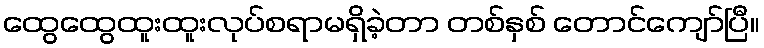
ထွေထွေထူးထူးလုပ်စရာမရှိခဲ့တာ တစ်နှစ် တောင်ကျော်ပြီ။